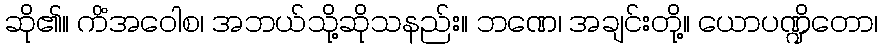
ဆို၏။ ကိံအဝေါစ၊ အဘယ်သို့ဆိုသနည်း။ ဘဏေ၊ အချင်းတို့။ ယောပဏ္ဍိတော၊